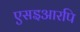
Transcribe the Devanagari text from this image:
एसइआरपि